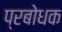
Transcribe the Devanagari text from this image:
प्रबोधक